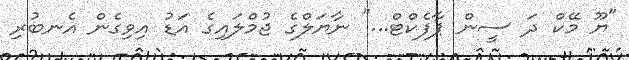
"ޔޫ މޭކް ދަ ސީން ޕާފެކްޓް..." ނާޔަލްގެ ޖުމްލައިގެ އަޑު އިވިގެން އެނބުރި